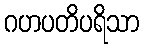
ဂဟပတိပရိသာ